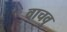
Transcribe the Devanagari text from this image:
वाचवु